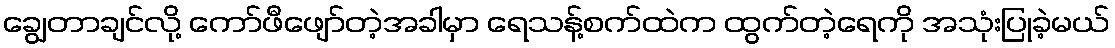
ချွေတာချင်လို့ ကော်ဖီဖျော်တဲ့အခါမှာ ရေသန့်စက်ထဲက ထွက်တဲ့ရေကို အသုံးပြုခဲ့မယ်